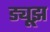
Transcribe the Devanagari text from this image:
ड्यूझ